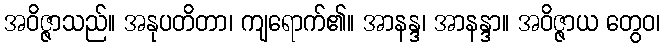
အဝိဇ္ဇာသည်။ အနုပတိတာ၊ ကျရောက်၏။ အာနန္ဒ၊ အာနန္ဒာ။ အဝိဇ္ဇာယ တွေဝ၊